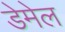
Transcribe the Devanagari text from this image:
डेमेल